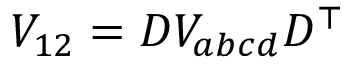
V _ { 1 2 } = D V _ { a b c d } D ^ { \top }